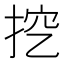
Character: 挖